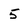
Character: 5